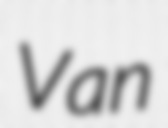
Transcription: Van